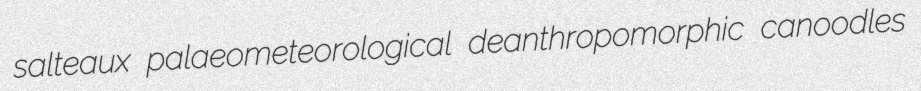
salteaux palaeometeorological deanthropomorphic canoodles